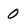
Character: 0